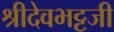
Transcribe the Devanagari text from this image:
श्रीदेवभट्टजी